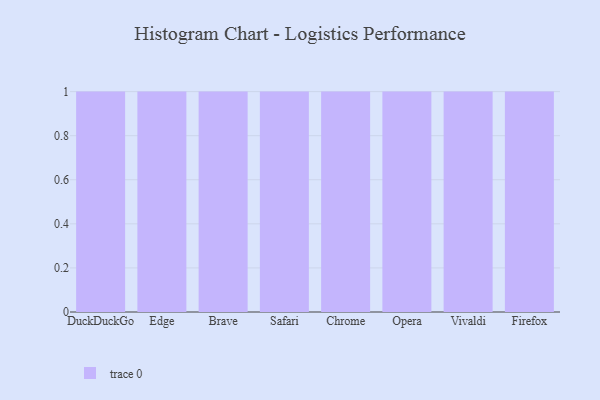
{"axis": {"x": "Browser", "y": "Website Visitors"}, "legend": [""], "data": [{"x": "DuckDuckGo", "y": 62, "type": ""}, {"x": "Edge", "y": 24, "type": ""}, {"x": "Brave", "y": 67, "type": ""}, {"x": "Safari", "y": 4, "type": ""}, {"x": "Chrome", "y": 34, "type": ""}, {"x": "Opera", "y": 80, "type": ""}, {"x": "Vivaldi", "y": 67, "type": ""}, {"x": "Firefox", "y": 14, "type": ""}]}